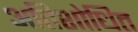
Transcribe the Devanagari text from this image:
अतिशोधित